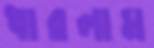
ধারলাম